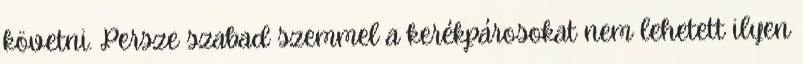
követni. Persze szabad szemmel a kerékpárosokat nem lehetett ilyen